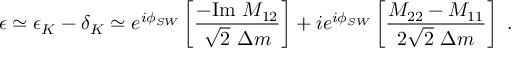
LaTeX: \epsilon \simeq \epsilon _ { K } - \delta _ { K } \simeq e ^ { i \phi _ { S W } } \left[ \frac { - \mathrm { I m } ~ M _ { 1 2 } } { \sqrt { 2 } ~ \Delta m } \right] + i e ^ { i \phi _ { S W } } \left[ \frac { M _ { 2 2 } - M _ { 1 1 } } { 2 \sqrt { 2 } ~ \Delta m } \right] ~ .